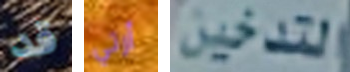
قد أرتي التدخين